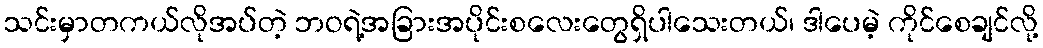
သင်းမှာတကယ်လိုအပ်တဲ့ ဘဝရဲ့အခြားအပိုင်းစလေးတွေရှိပါသေးတယ်၊ ဒါပေမဲ့ ကိုင်စေချင်လို့